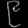
Digit: ၉